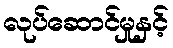
လုပ်ဆောင်မှုနှင့်